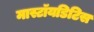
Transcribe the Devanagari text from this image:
मास्टॉयडिटिस